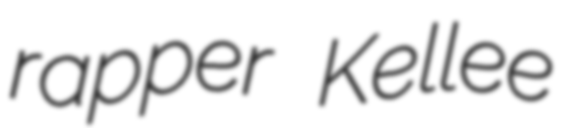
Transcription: rapper Kellee